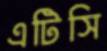
এটিসি